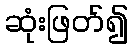
ဆုံးဖြတ်၍